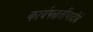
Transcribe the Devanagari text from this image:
कार्यपद्धतींचादीर्घ